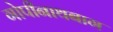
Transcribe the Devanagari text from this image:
गोपीनाथबाग